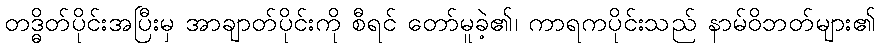
တဒ္ဓိတ်ပိုင်းအပြီးမှ အာချာတ်ပိုင်းကို စီရင် တော်မူခဲ့၏၊ ကာရကပိုင်းသည် နာမ်ဝိဘတ်များ၏